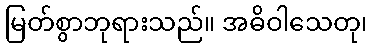
မြတ်စွာဘုရားသည်။ အဓိဝါသေတု၊